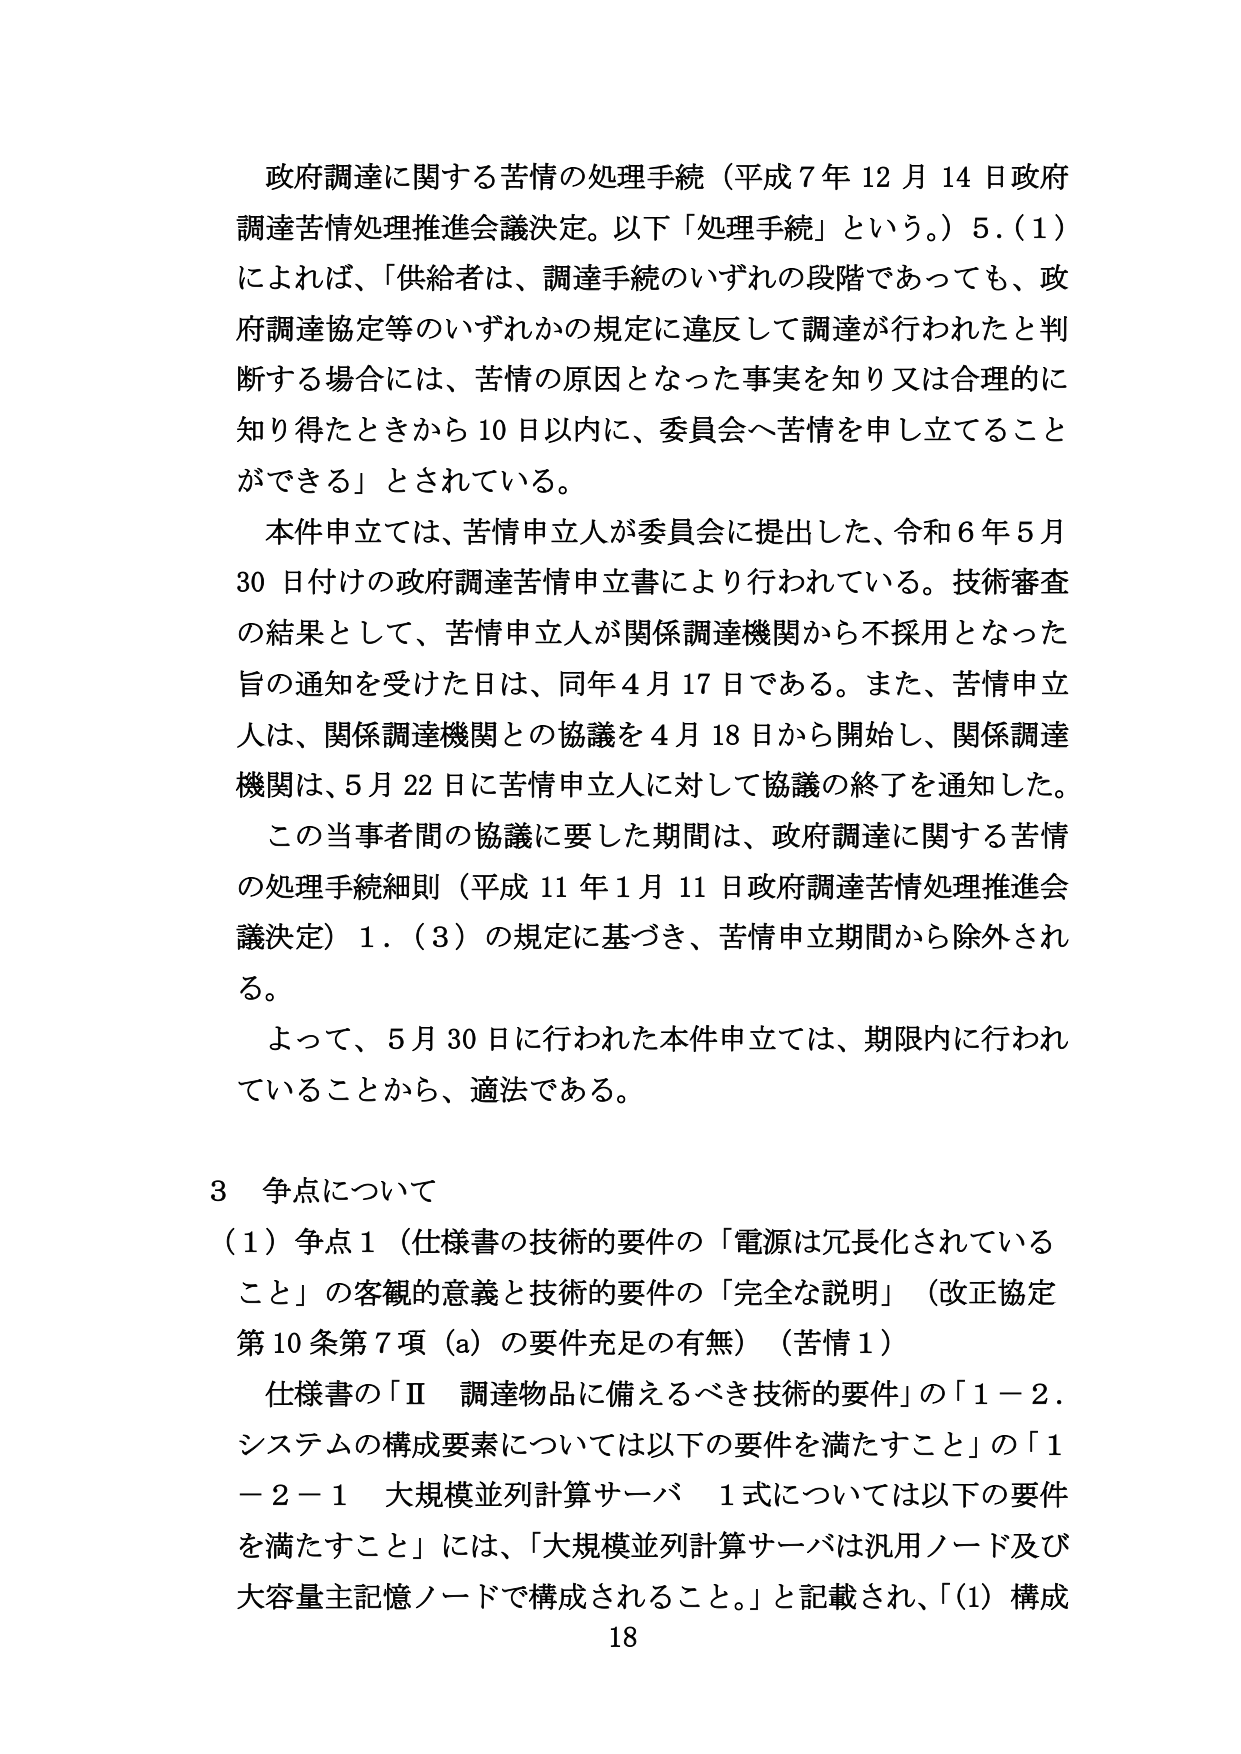
政府調達に関する苦情の処理手続（平成７年１２月１４日政府調達苦情処理推進会議決定。以下「処理手続」という。）５．（１）によれば、「供給者は、調達手続のいずれの段階であっても、政府調達協定等のいずれかの規定に違反して調達が行われたと判断する場合には、苦情の原因となった事実を知り又は合理的に知り得たときから１０日以内に、委員会へ苦情を申し立てることができる」とされている。

本件申立ては、苦情申立人が委員会に提出した、令和６年５月３０日付けの政府調達苦情申立書により行われている。技術審査の結果として、苦情申立人が関係調達機関から不採用となった旨の通知を受けた日は、同年４月１７日である。また、苦情申立人は、関係調達機関との協議を４月１８日から開始し、関係調達機関は、５月２２日に苦情申立人に対して協議の終了を通知した。

この当事者間の協議に要した期間は、政府調達に関する苦情の処理手続細則（平成１１年１月１１日政府調達苦情処理推進会議決定）１．（３）の規定に基づき、苦情申立期間から除外される。

よって、５月３０日に行われた本件申立ては、期限内に行われていることから、適法である。

３ 争点について

（１）争点１（仕様書の技術的要件の「電源は冗長化されていること」の客観的意義と技術的要件の「完全な説明」（改正協定第１０条第７項（ａ）の要件充足の有無）（苦情１）

仕様書の「Ⅱ 調達物品に備えるべき技術的要件」の「１－２．システムの構成要素については以下の要件を満たすこと」の「１－２－１ 大規模並列計算サーバ １式については以下の要件を満たすこと」には、「大規模並列計算サーバは汎用ノード及び大容量主記憶ノードで構成されること。」と記載され、「（１）構成

18